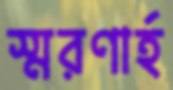
স্মরণার্হ